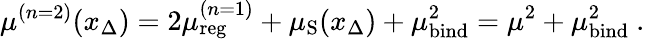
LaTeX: \mu^{(n=2)}(x_{\Delta})=2\mu_{\mathrm{reg}}^{(n=1)}+\mu_{\mathrm{S}}(x_{\Delta})+\mu_{\mathrm{bind}}^{2}=\mu^{2}+\mu_{\mathrm{bind}}^{2}\ .